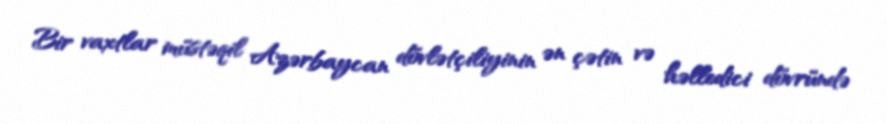
Bir vaxtlar müstəqil Azərbaycan dövlətçiliyinin ən çətin və həlledici dövründə